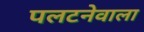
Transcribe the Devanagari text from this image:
पलटनेवाला